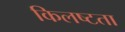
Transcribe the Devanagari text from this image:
किलष्टता